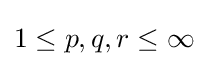
1\leq p,q,r\leq \infty